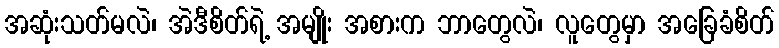
အဆုံးသတ်မလဲ၊ အဲဒီစိတ်ရဲ့ အမျိုး အစားက ဘာတွေလဲ၊ လူတွေမှာ အခြေခံစိတ်